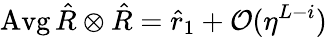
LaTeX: \operatorname{Avg}\hat{R}\otimes\hat{R}=\hat{r}_{1}+\mathcal{O}(\eta^{L-i})